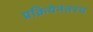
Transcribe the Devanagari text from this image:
प्रक्रियेनंतरच